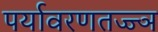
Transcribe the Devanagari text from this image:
पर्यावरणतज्ज्ञ